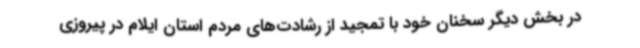
در بخش دیگر سخنان خود با تمجید از رشادت‌های مردم استان ایلام در پیروزی